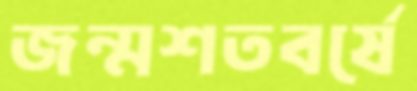
জন্মশতবর্ষে